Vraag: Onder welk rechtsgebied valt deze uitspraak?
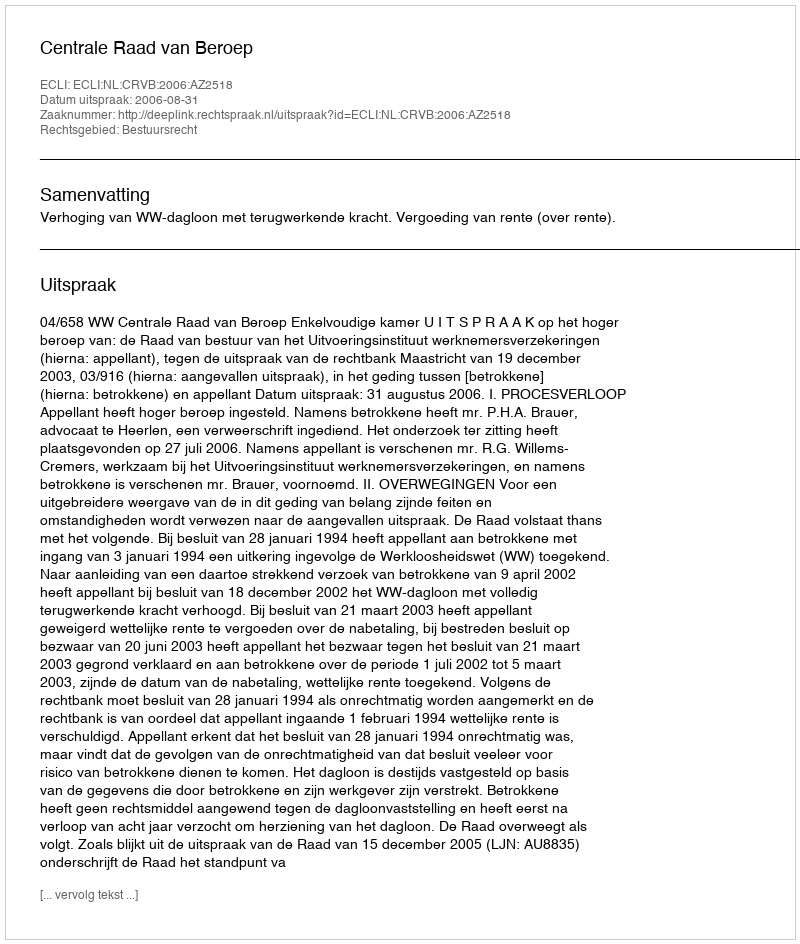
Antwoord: Bestuursrecht